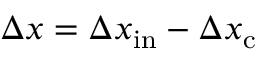
\Delta x = \Delta x _ { \mathrm { i n } } - \Delta x _ { \mathrm { c } }